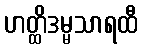
ဟတ္ထိဒမ္မသာရထီ